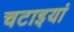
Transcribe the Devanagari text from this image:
चटाइयां